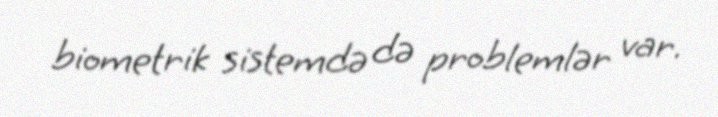
biometrik sistemdə də problemlər var.